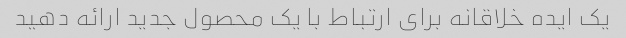
یک ایده خلاقانه برای ارتباط با یک محصول جدید ارائه دهید